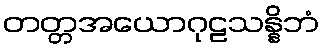
တတ္တအယောဂုဠသန္နိဘံ